Annual administration and progress report of the Indian Medical Department, Bombay
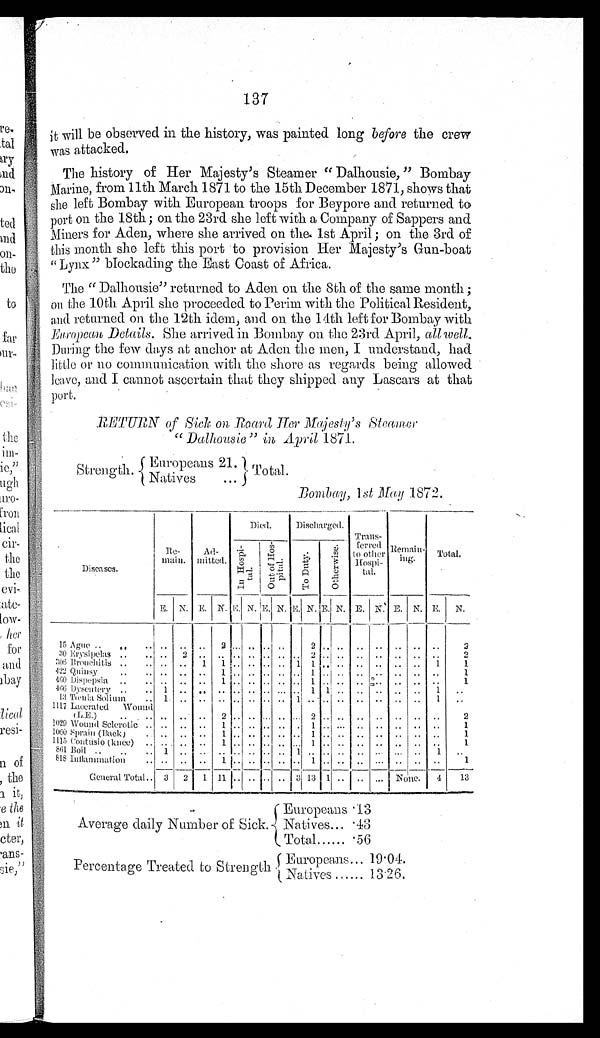
137
it will be observed in the history, was painted long before the crew
was attacked.
The history of Her Majesty's Steamer "Dalhousie," Bombay
Marine, from 11th March 1871 to the 15th December 1871, shows that
she left Bombay with European troops for Beypore and returned to
port on the 18th ; on the 23rd she left with a Company of Sappers and
Miners for Aden, where she arrived on the 1st April ; on the 3rd of
this month she left this port to provision Her Majesty's Gun-boat
"Lynx" blockading the East Coast of Africa.
The "Dalhousie" returned to Aden on the 8th of the same month ;
on the 10th April she proceeded to Perim with the Political Resident,
and returned on the 12th idem, and on the 14th left for Bombay with
European Details. She arrived in Bombay on the 23rd April, all well.
During the few days at anchor at Aden the men, I understand, had
little or no communication with the shore as regards being allowed
leave, and I cannot ascertain that they shipped any Lascars at that
port.
R E T U R N o f S i c k o n R o a r d H e r M a j e s t y ' s S t e a m e r
"Dalhousie" in April 1871.
Strength.
E u r o p e a n s
21. Total.
Natives
. . .
Bombay, 1 st May 1872.
Diseases.
Re-
main.
Ad-
mitted.
Died.
Discharged. Trans-
ferred
to other
Hospital. Remain-ing. Total.
I n Ho s p i t a l .
Out of Hospi t al .
T o D u t y .
O t h e r w i s e .
E. N. E . N. E. N. E N.
E
N.
E
N. E . N. E. N. E . N.
15 Ague
. .
. . . . ..
..
. . 2 . . . .. . . . .
2 . .
..
. ...
..
. .
. .
2
30 Erysi pel as . . . .
. . 2 . . . . . . . . . . . . .. 2 . . .. . . .. .. . . . . 2
3 0 6 B r o u c h i t i s
. .
. . . . ..
1 1 . . . . . . . . . 1 1 .. .. .. .. .. . . 1
1
422 Quinsy ..
. . .. .. .. 1 . . .. . . . .
.. 1 . .
..
. .
.. ..
. . . . 1
4 6 0 D i s p e p s i a .
. . . . . .. .. 1 . . .. . . . .
.. 1 . .
..
. .
.. .. . . . . 1
466 Dysentery . . . . 1 .. . . . . . . .. . . ... .. 1 1 ..
. .
.. ..
. . 1 ..
13 Tœnia Solium
. . 1 .. . . . . . . .. . . . .
1 . . . .
..
. .
.. ..
. . 1 . .
1 1 1 7 L a c e r a t e d W o u n d
(L.E.)
. . . . . . ..
. . 2 . . .. . . . . .
... 2 . .
..
. .
.. ..
. . . . 2
1029 Wound Sclerotic .. . . ..
. . 1 . . .. . . . .
.. 1 . . ... . . .. ..
. . . .
1
1060 Sprain (Back) ..
. . ..
. . 1 . . .. . . .. .. 1 . . ..
. .
.. ..
. . . . 1
1115 Contusio (knee) ..
. . ..
. . 1 . . .. . . .. ... 1 . . ..
. . .. .. .. . . 1
861 Boil
. .
. . . . 1 ..
. . . . . . .. . . . .
1 . . . .
..
. .
.. ..
. . 1
. .
818 Inflammation . . . . ..
. . 1 . . .. . . . .
.. 1 . .
.. . . ... .. .. ..
1
General Total .. 3 2 1 11 . . . . . . . . 3 13 1 .. . .
... None.
4 13
Europeans .13
Average daily Number of Sick. Natives... .43
Total ..... 56
E u r o p e a n s . . .
1 9 . 0 4
P e r c e n t a g e T r e a t e d t o S t r e n g t h
N a t i v e s . . . . . .
1 3 . 2 6